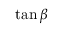
\tan \beta